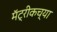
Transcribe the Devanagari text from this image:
मॅट्रीकच्या